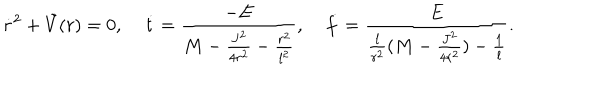
\dot { r } ^ { 2 } + \tilde { V } ( r ) = 0 , \; \dot { t } = \frac { - E } { M - \frac { J ^ { 2 } } { 4 r ^ { 2 } } - \frac { r ^ { 2 } } { l ^ { 2 } } } , \; \dot { f } = \frac { E } { \frac { l } { r ^ { 2 } } ( M - \frac { J ^ { 2 } } { 4 r ^ { 2 } } ) - \frac { 1 } { l } } .